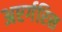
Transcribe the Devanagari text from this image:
अएर्गरिस